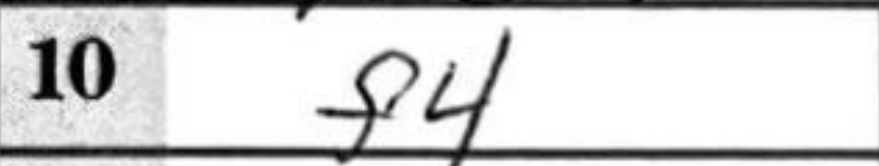
Transcription: f4